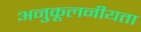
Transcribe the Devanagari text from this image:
अनुकूलनीयता